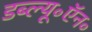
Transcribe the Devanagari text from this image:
डब्ल्यू॰ऍन॰